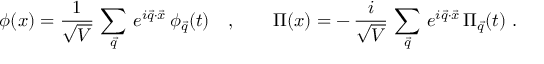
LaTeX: \phi ( x ) = { \frac { 1 } { \sqrt { V } } } \, \sum _ { \vec { q } } \, e ^ { i \vec { q } \cdot \vec { x } } \, \phi _ { \vec { q } } ( t ) \quad , \qquad \Pi ( x ) = - \, { \frac { i } { \sqrt { V } } } \, \sum _ { \vec { q } } \, e ^ { i \vec { q } \cdot \vec { x } } \, \Pi _ { \vec { q } } ( t ) ~ .